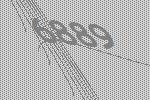
6889